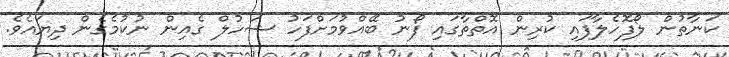
ކަނާތުން ލޯފޮހެލާފައި ކުރިން އޮތްތާގައި ފޯނު ބޭއްވުމަށްފަހު ޝަހުލް ގެއިން ނުކުމެގެން ދިޔައެވެ.